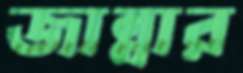
জান্নার